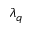
\lambda _ { q }